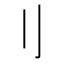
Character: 刂